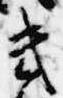
幾